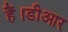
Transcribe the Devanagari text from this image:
हैं।डीआर